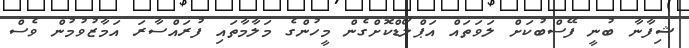
ޝިފާނާ ބުނީ ފޭސްބުކަށް ލަވަތައް އަޕްލޯޑްކޮށްގެން މީހުންގެ މަލާމާތައި ފުރައްސާރަ އަމާޒުވުމުން ވެސް